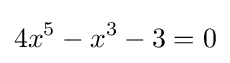
4x^{5}-x^{3}-3=0